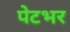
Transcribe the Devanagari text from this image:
पेटभर